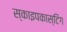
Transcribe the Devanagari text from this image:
स्काइपकास्टिंग